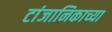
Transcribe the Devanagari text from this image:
टांजानिकाच्या